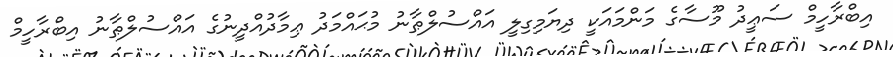
އިބްރާހީމް ސަޢީދު މޫސާގެ މަންމައަކީ ދިޔަމިގިލީ އައްސުލްޠާނު މުޙައްމަދު ޢިމާދުއްދީނުގެ އައްސުލްޠާނު އިބްރާހީމް